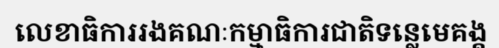
លេខាធិការរងគណៈកម្មាធិការជាតិទន្លេមេគង្គ